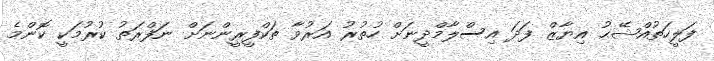
ފަލީހަތުއްޝޭޙު އިޔާޒް ފަދަ އިސްލާމްދީނަށް ހުތުރު އަރުވާ ތަކްފީރީންނަށް ނަފްރަތު ކުރުމަކީ ކޮންމެ